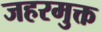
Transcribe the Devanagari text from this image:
जहरमुक्त